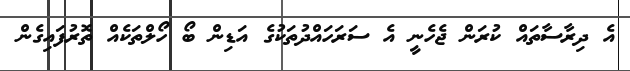
އެ ދިރާސާތައް ކުރަން ޖެހެނީ އެ ސަރަހައްދުތަކުގެ އަޑިން ބޯ ހޯލްތަކެއް ތޮރުފައިގެން